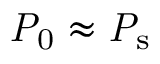
\mathrm { \mathit { P } _ { 0 } } \approx \mathrm { \mathit { P } _ { s } }